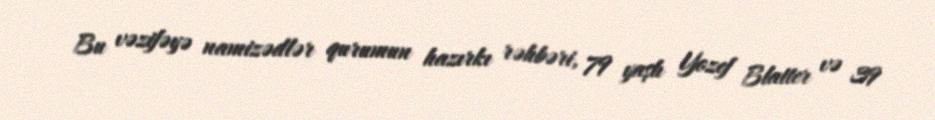
Bu vəzifəyə namizədlər qurumun hazırkı rəhbəri, 79 yaşlı Yozef Blatter və 39